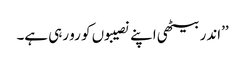
’’اندر بیٹھی اپنے نصیبوں کو رو رہی ہے۔